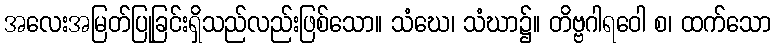
အလေးအမြတ်ပြုခြင်းရှိသည်လည်းဖြစ်သော။ သံဃေ၊ သံဃာ၌။ တိဗ္ဗဂါရဝေါ စ၊ ထက်သော